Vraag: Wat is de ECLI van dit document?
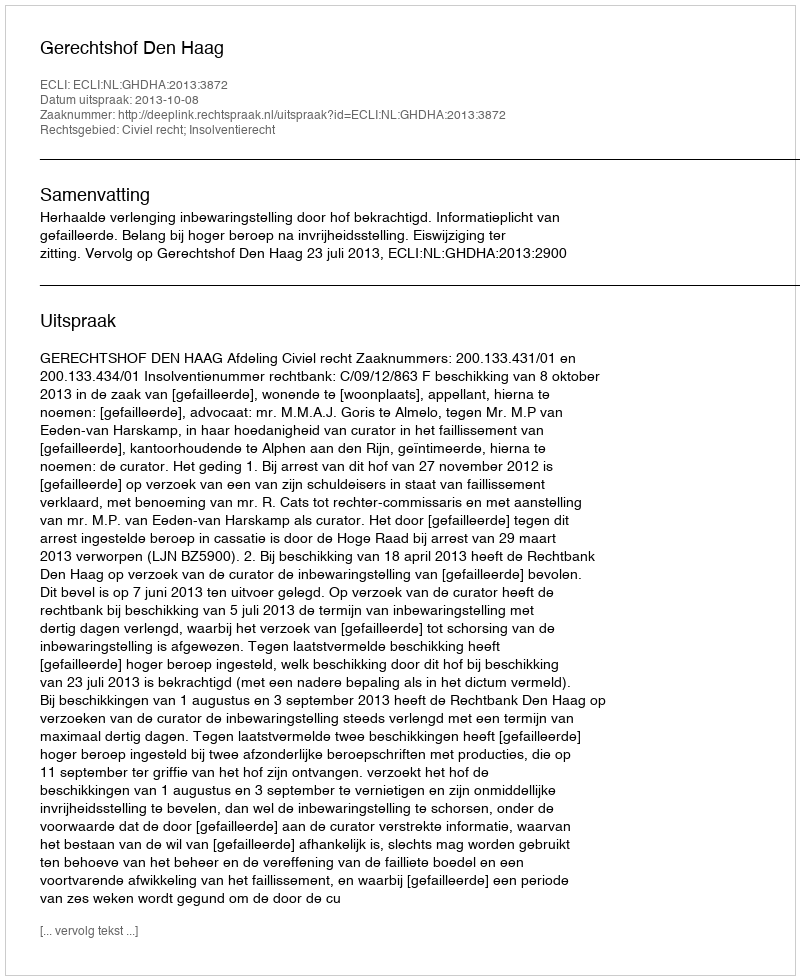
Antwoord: ECLI:NL:GHDHA:2013:3872